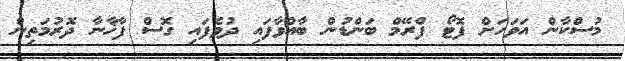
މުސްކާން އަވަހަށް ފޮޓޯ ފްރޭމް ބަންޑުން ބާއްވާފައި ދުވެފައި ގޮސް ފާޚާނާ ދޮރުމަތިން